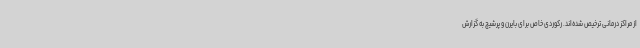
از مراکز درمانی ترخیص شده‌اند. رکوردی خاص برای بایرن و پرشیچ به گزارش